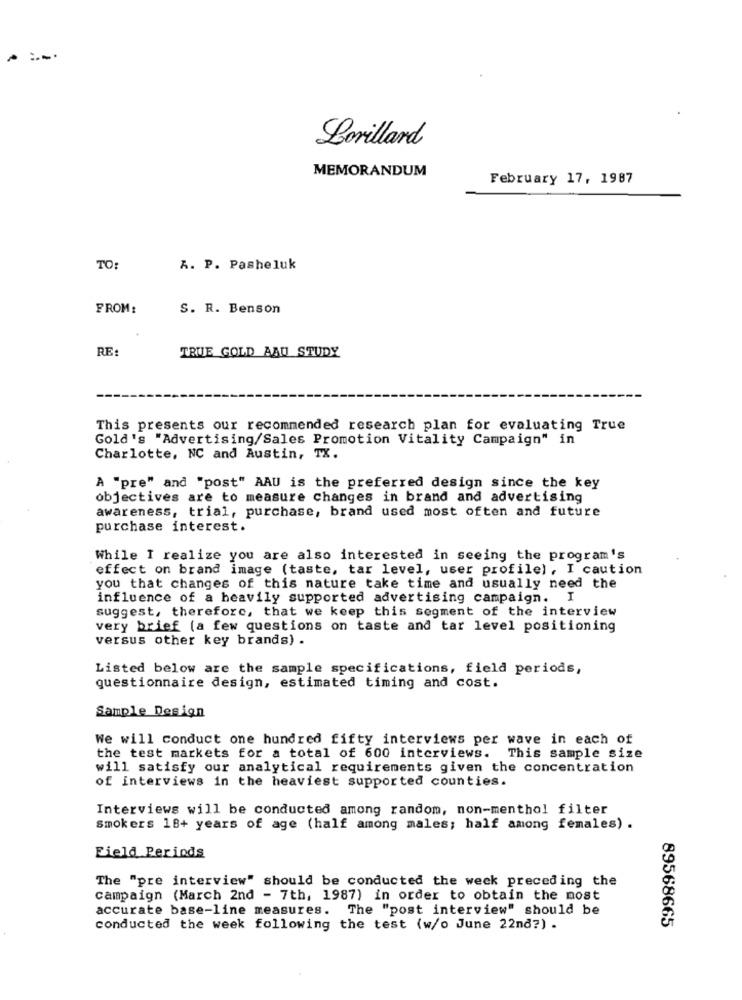
Lorillard
MEMORANDUM
February 17, 1987
TO
A. P. Pasheluk
FROM:
S. R. Benson
RE:
TRUE GOLD AAU STUDY
This presents our recommended research plan for evaluating True
Gold's "Advertising/Sales Promotion Vitality Campaign" in
Charlotte, NC and Austin, TX.
A "pre" and "post" AAU is the preferred design since the key
objectives are to measure changes in brand and advertising
awareness, trial, purchase, brand used most often and future
purchase interest.
While I realize you are also interested in seeing the program's
effect on brand image (taste, tar level, user profile) , I caution
you that changes of this nature take time and usually need the
influence of a heavily supported advertising campaign. I
suggest, therefore, that we keep this segment of the interview
very brief (a few questions on taste and tar level positioning
versus other key brands) .
Listed below are the sample specifications, field periods,
questionnaire design, estimated timing and cost.
Sample Design
We will conduct one hundred fifty interviews per wave in each of
the test markets for a total of 600 interviews. This sample size
will satisfy our analytical requirements given the concentration
of interviews in the heaviest supported counties.
Interviews will be conducted among random, non-menthol filter
smokers 18+ years of age (half among males; half among females) .
Field Periods
The "pre interview" should be conducted the week preceding the
campaign (March 2nd - 7th, 1987) in order to obtain the most
accurate base-line measures. The "post interview" should be
conducted the week following the test (w/o June 22nd?) .
89568665